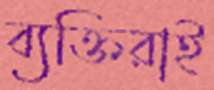
ব্যক্তিরাই